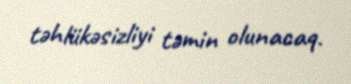
təhlükəsizliyi təmin olunacaq.